Bréfritari: Aðalbjörg Jónsdóttir
Viðtakandi: Halldór Jónsson
Dagsetning: A-1873-03-20
Skrifað á: Hafursá, S-Múlasýslu  S-Múl.

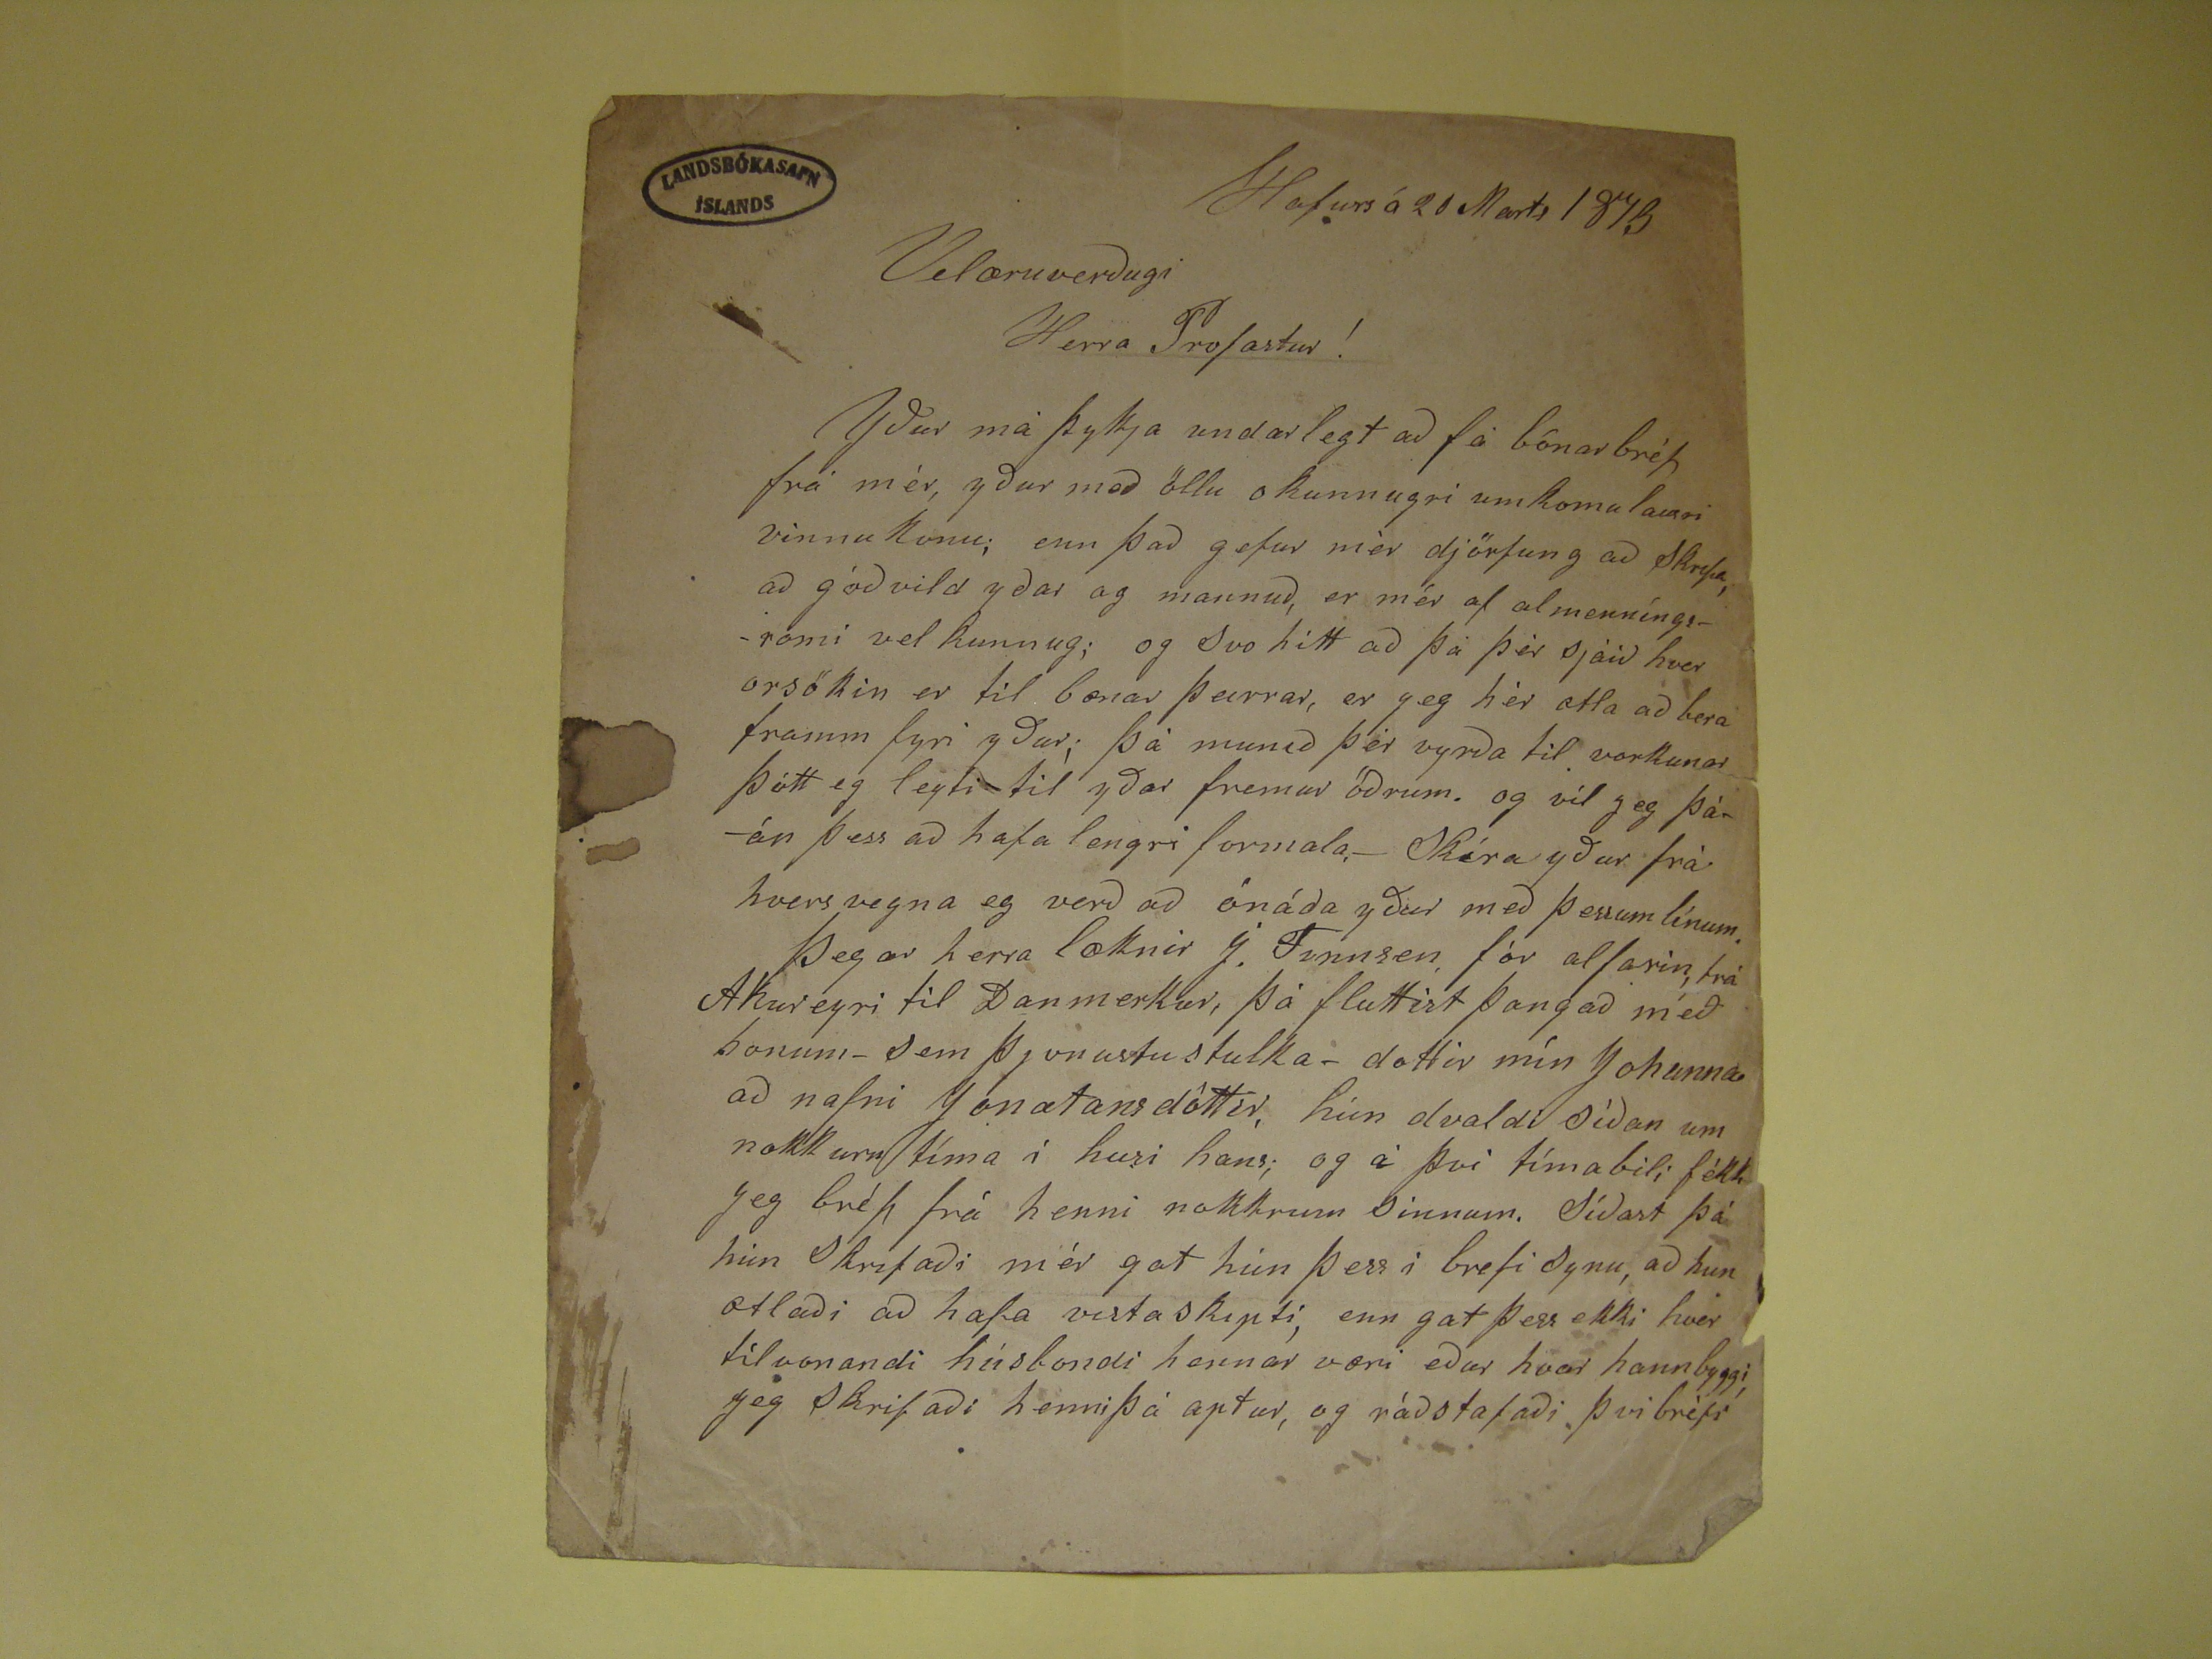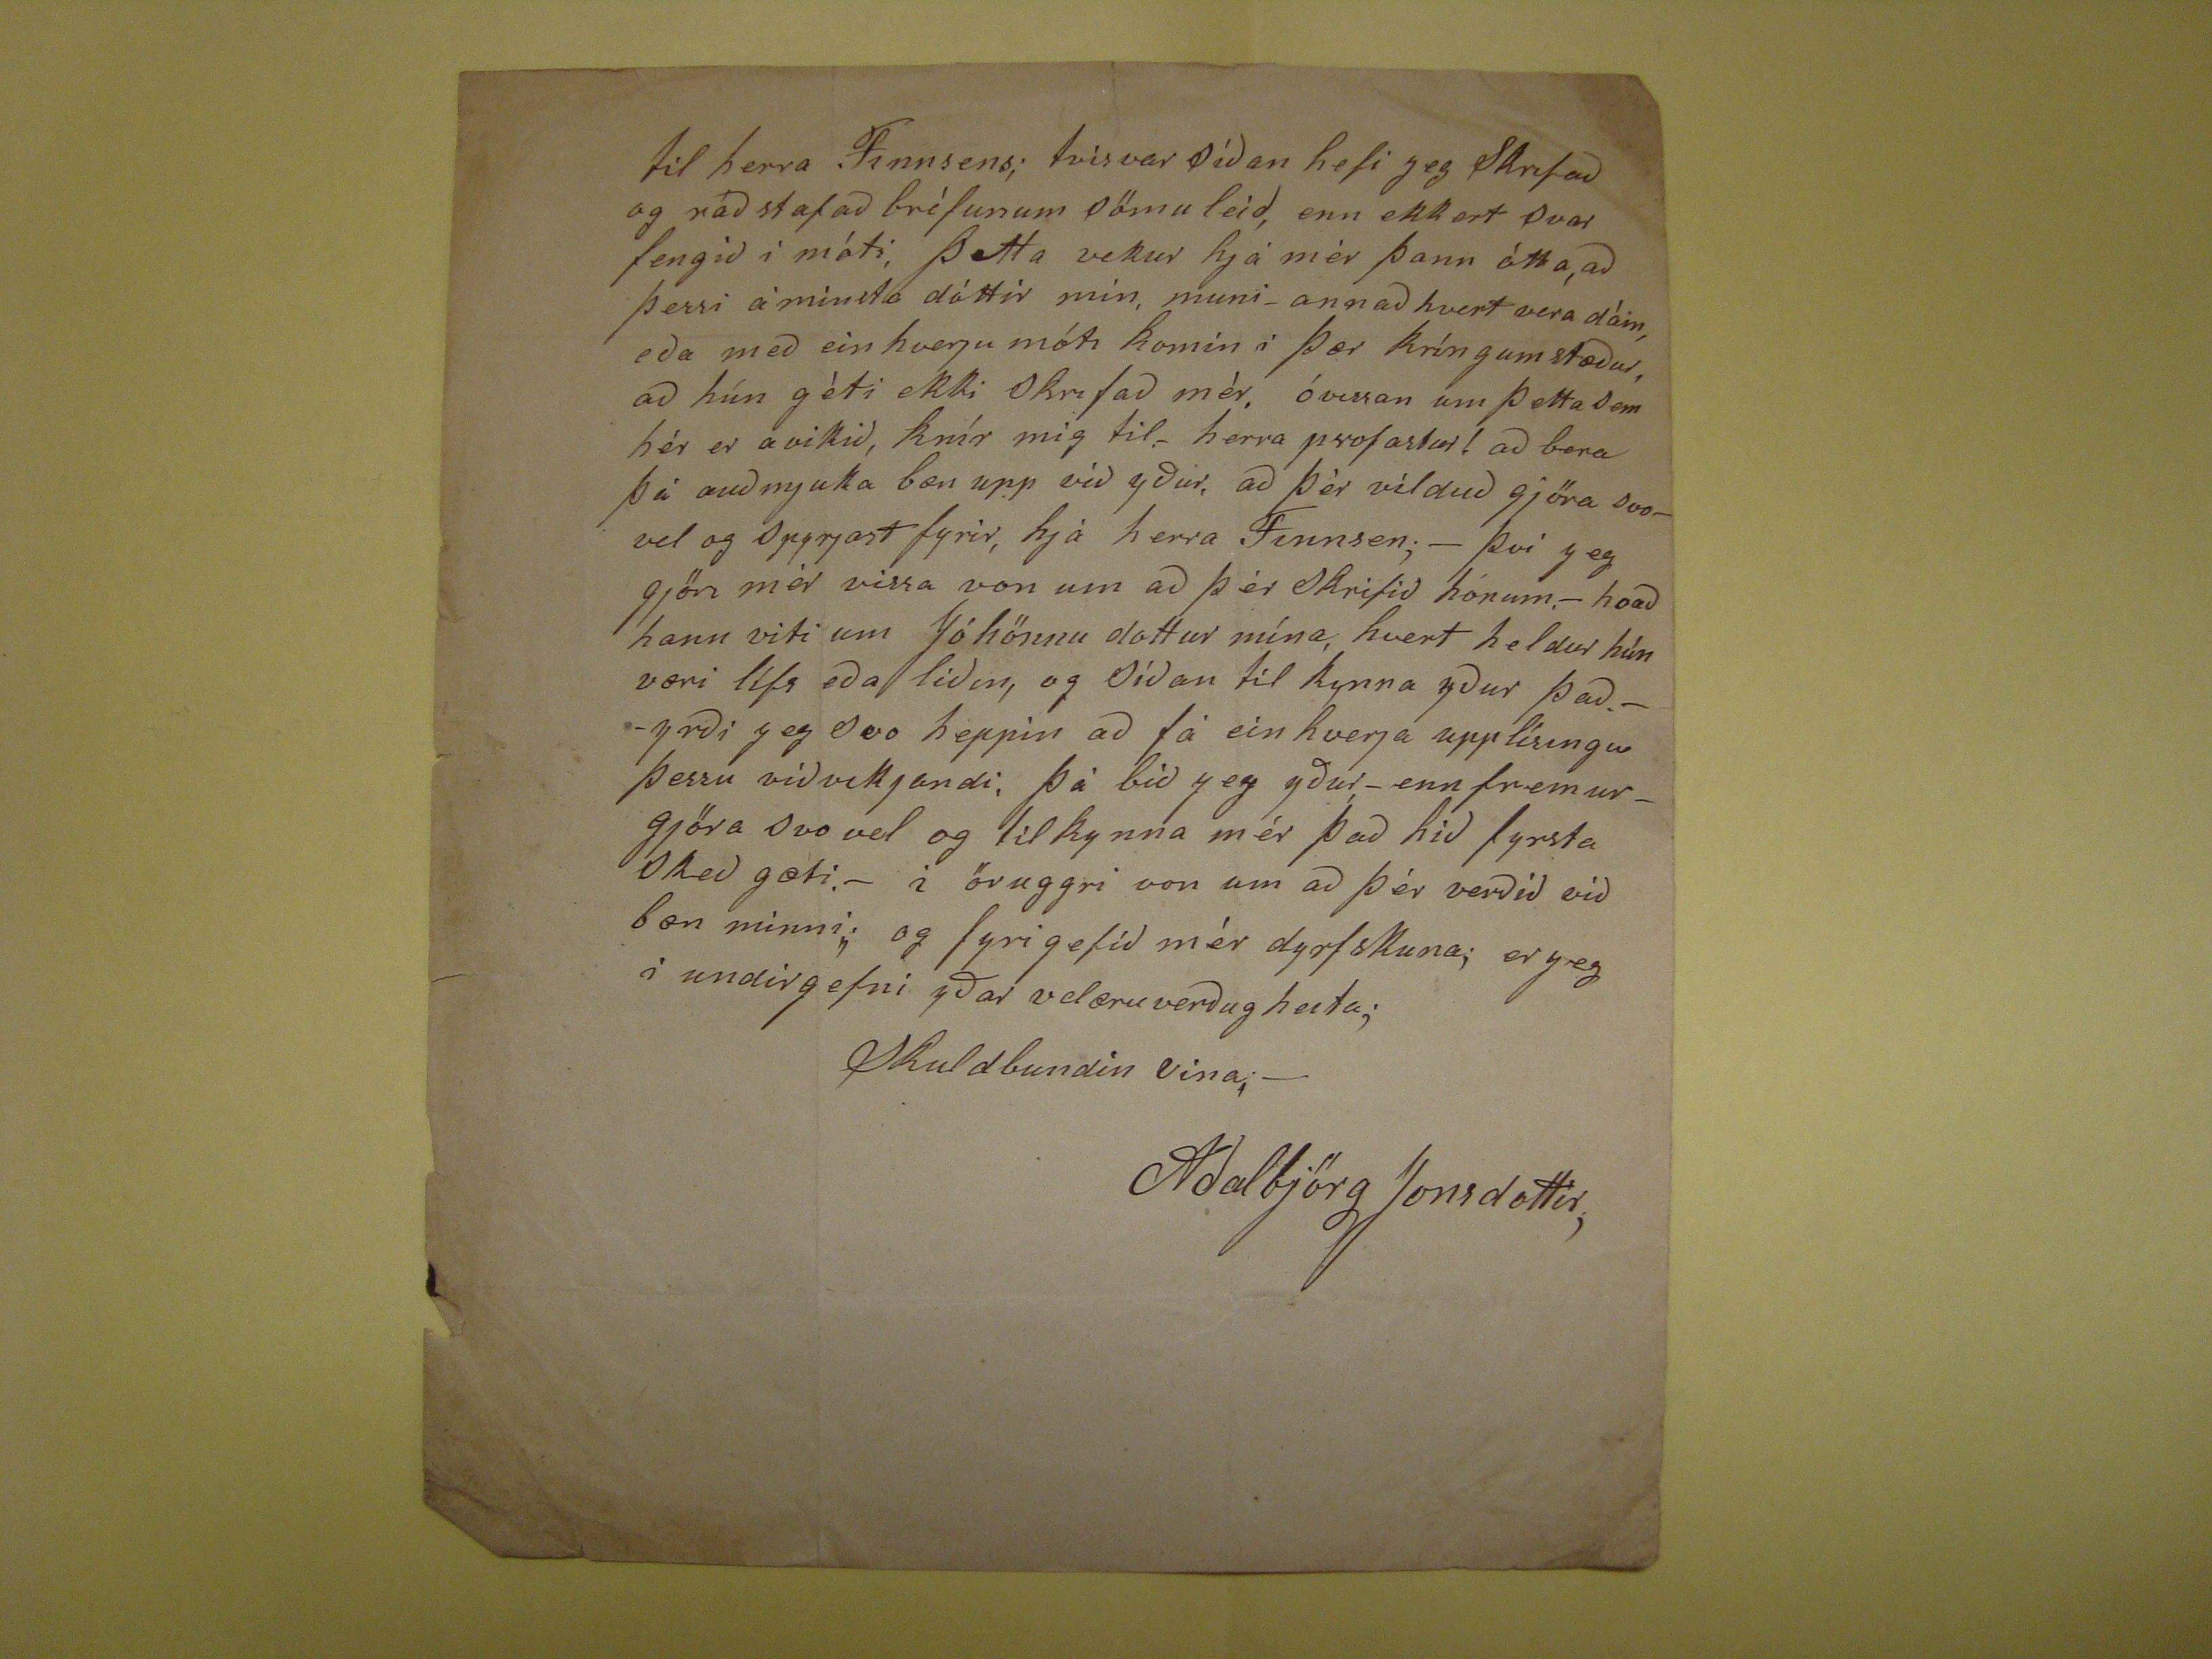

Hafursá 20 Marts 1873
Velæruverðugi
Herra Profastur !
Yður má þykja undarlegt að fá bónarbréf frá mér, yður með öllu okunnugri umkomulausri vinnukonu; enn það gefur mér djörfung að skrifa að góðvild yðar
og mannuð, er mér af allmenníngsrómi vel kunnug; og svo hitt að þá þér sjáið hver orsökin er til bæna þeirrar, er jeg hér ætla að bera framm fyri yður; þá munið
þér vyrða til vorkunar þótt eg leyti til yðar fremur öðrum. og vil jeg þáán þess að hafa lengri formala,- Skíra yður frá hvers vegna eg verð að ónáða yður með þessum
línum. Þegar herra læknir J. Finnsen, fór alfarin, frá Akureyri til Danmerkur, þá fluttist þangað með honum- sem þjinustustulka- dottir mín Johanna að nafni
Jonatansdóttir, hún dvaldi síðan um nokkurn tíma í husi hans; og á því tímabili fékk Jeg bréf frá henni nokkrum sinnum. Síðast þá hú Skrifaði mér gat hún þess i
brefi synu, að hun ætlaði að hafa vistaskipti, enn gat þess ekki hver tilvonandi húsbondi hennar væri eður hvar hann byggi, Jeg Skrifaði henni þá aptur, og ráðstafaði
því bréfi
til herra Finnsens; tvisvar síðan hefi jeg Skrifað og ráðstafað bréfunum sömu leið, enn ekkert svar fengið í móti, Þetta vekur hjá mér þann ótta, að þessi á minsta
dóttir mín, muni-annað hvert vera dáin, eða með einhverju móti komin í þær kíngumstæður, að hún géti ekki Skrifað mér. óvissan um þetta sem hér er avikið, knír
mig til.- herra profastur! að bera þá auðmjuka bæn upp við yður, að þér vilduð gjöra svovel og spyrjast fyrir, hjá herra Finnsen;- því jeg gjöri mjer vissa von um að
þér Skrifið honum.- hvað hann viti um Jóhönnu dottur mína, hvert heldur hún væri lífs eða liðin, og síðan til kynna yður það.- -yrði jeg svo heppin að fá einhverja
upplísingu þessu viðvikjandi, þá bið jeg yður- enn fremur- gjöra svo vel og til kynna mér það hið fyrsta skeð gæti.- i öruggri von um að þér verðið við bæn minni;
og fyrirgefið mér dyrfskuna; er jeg i undirgefni yðar velæruverðugheita;
Skuldbundin vina;-
Aðalbjörg Jonsdottir;